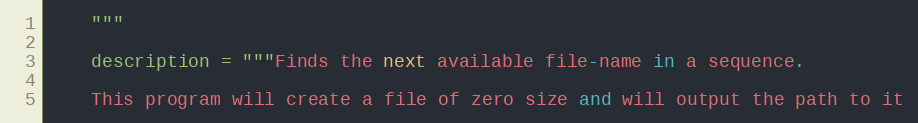
Language: Python
    """

    description = """Finds the next available file-name in a sequence.

    This program will create a file of zero size and will output the path to it